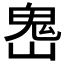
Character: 𩲈